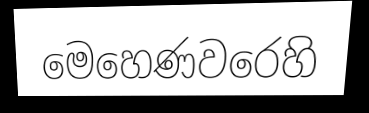
මෙහෙණවරෙහි